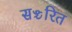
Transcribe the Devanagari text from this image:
सञ्चरित